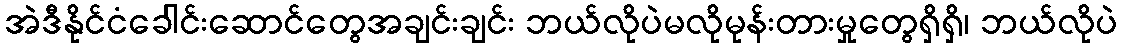
အဲဒီနိုင်ငံခေါင်းဆောင်တွေအချင်းချင်း ဘယ်လိုပဲမလိုမုန်းတားမှုတွေရှိရှိ၊ ဘယ်လိုပဲ